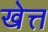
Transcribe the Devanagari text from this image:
खेत्त